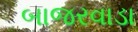
બાજરવાડા